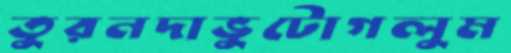
তুরনদাভুটোগলুম